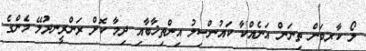
ލޯ ކާރބަން ތިނަން އަނެއްކާ ކައުންސިލުު އިންތިޚާބާއި ދިމާ ކޮށް ރަންރީނދުލޭ މެންގެ